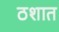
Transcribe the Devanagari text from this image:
ठशात